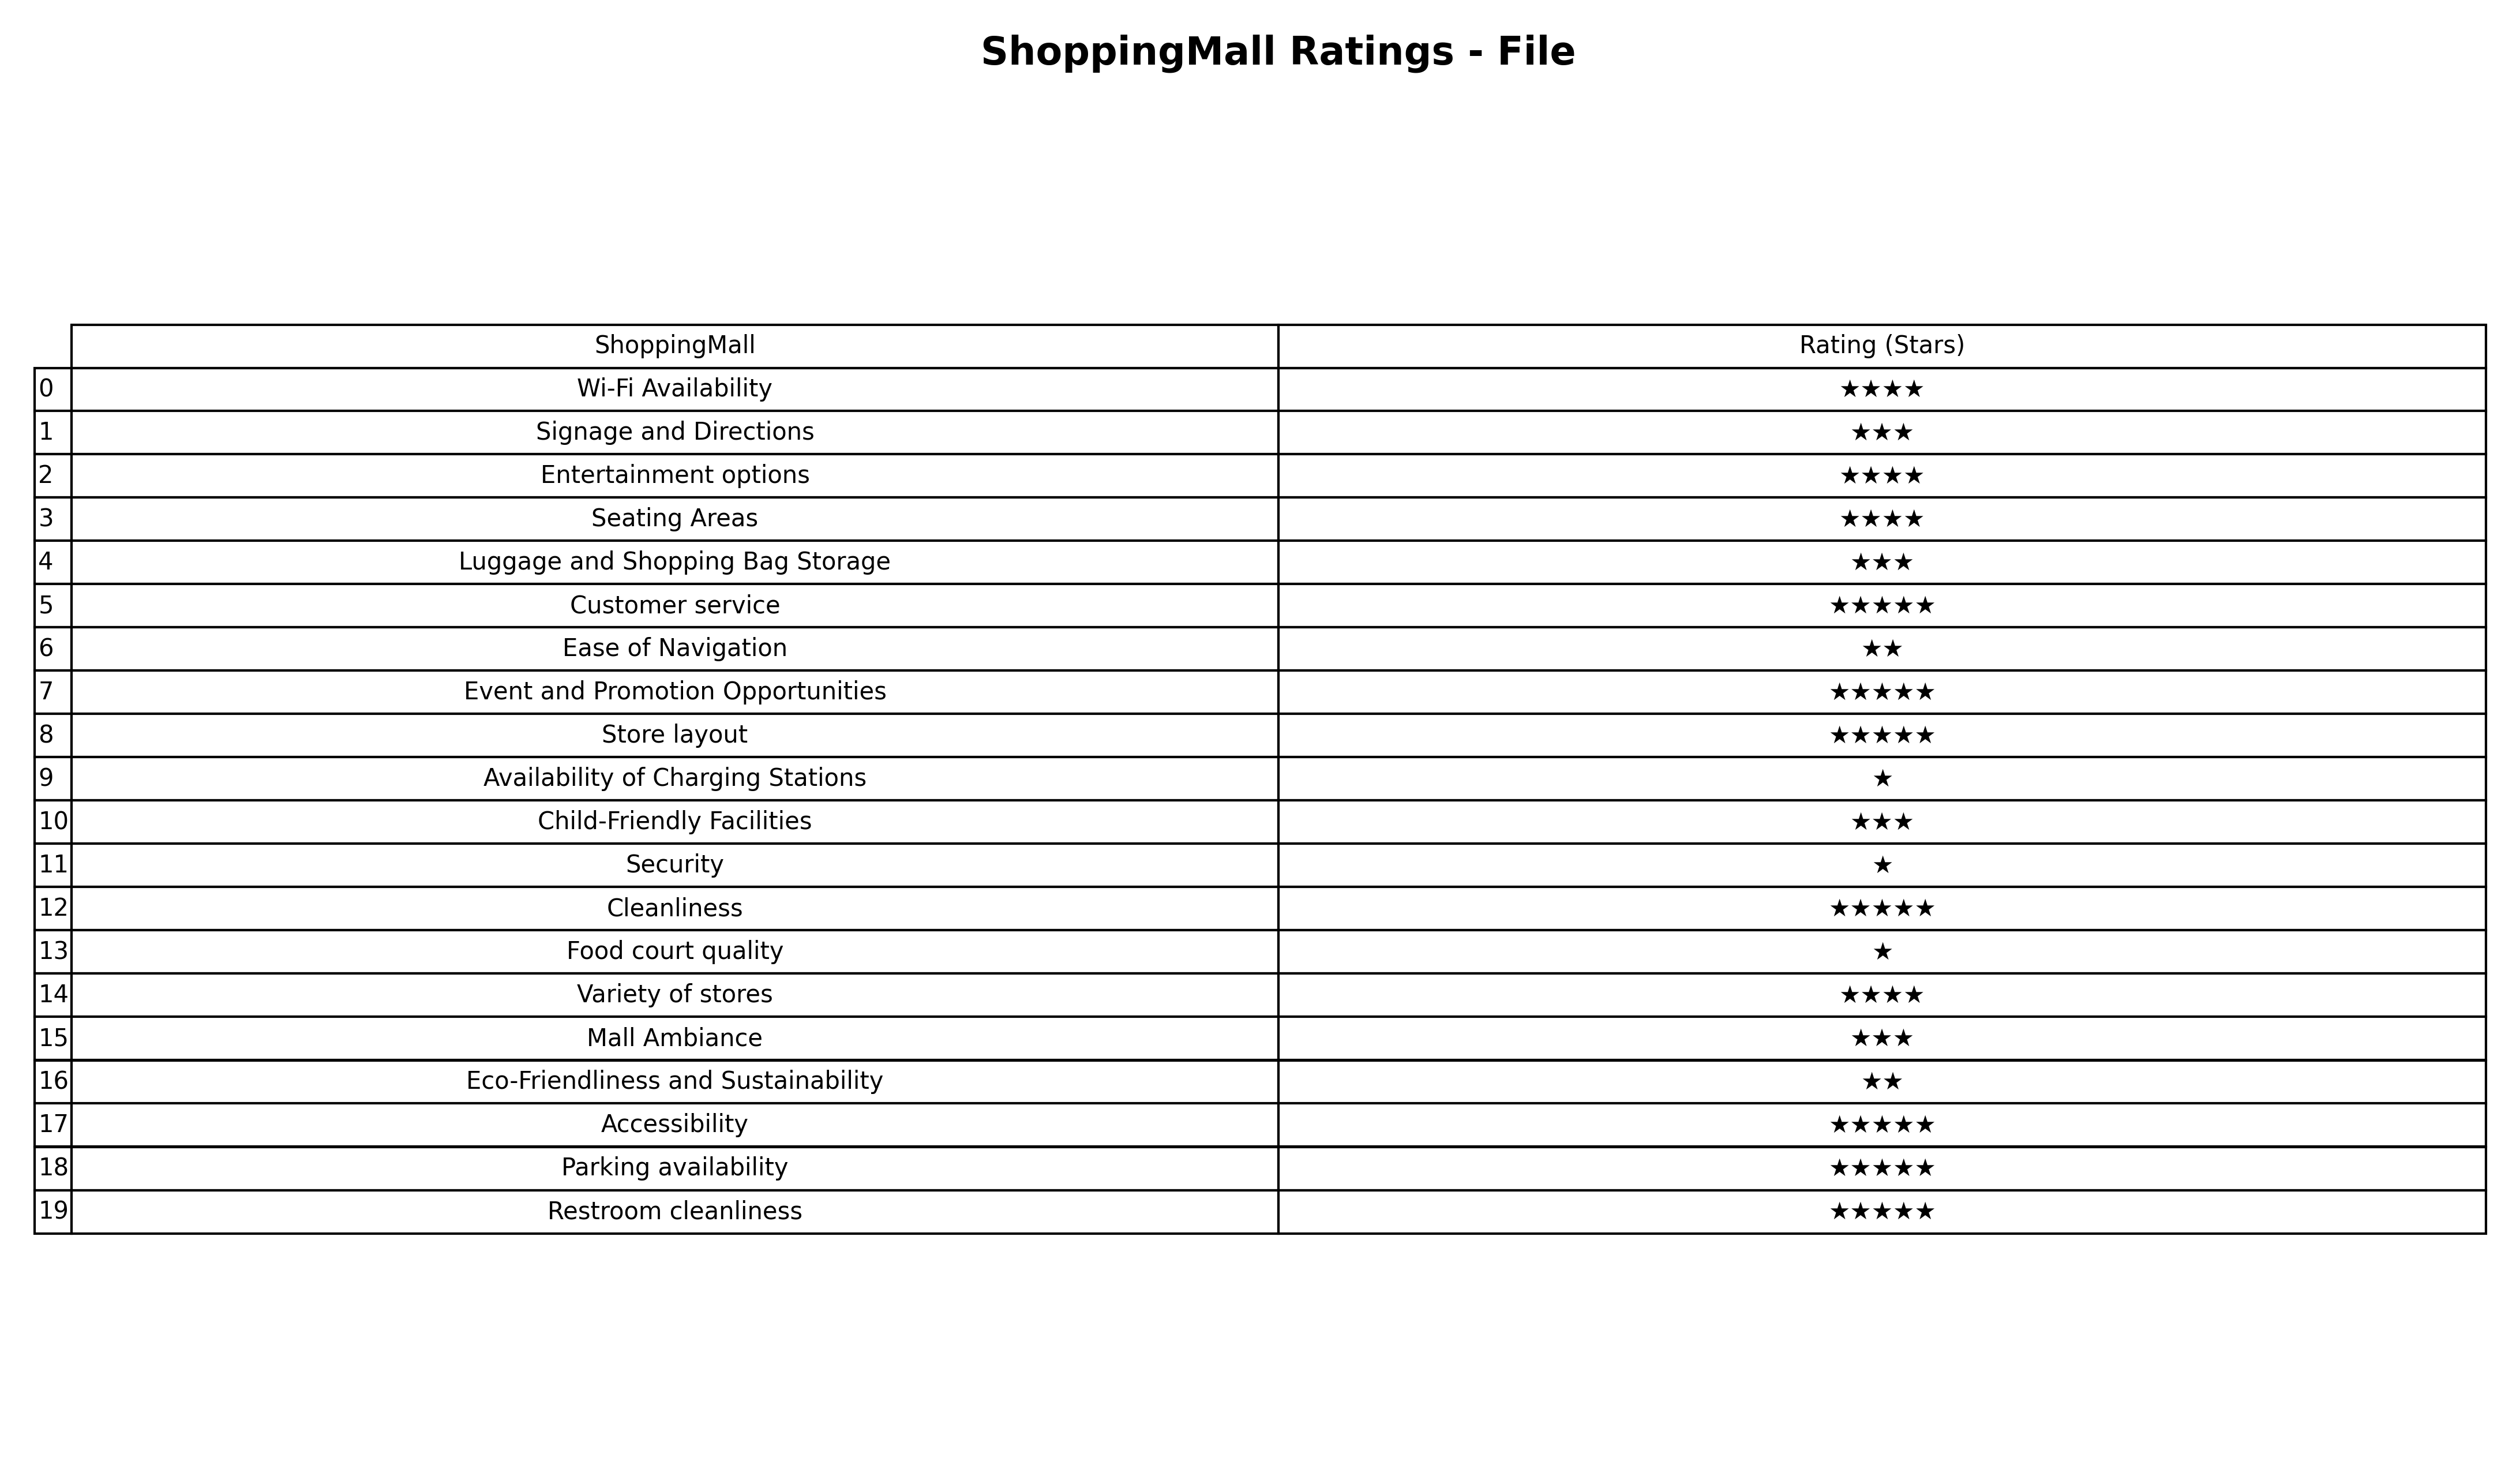
question: What are five star services?
answer: Customer serviceEvent and Promotion OpportunitiesStore layoutCleanlinessAccessibilityParking availabilityRestroom cleanliness